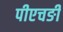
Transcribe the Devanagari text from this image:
पीएचङी